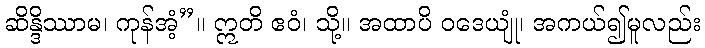
ဆိန္ဒိဿာမ၊ ကုန်အံ့”။ ဣတိ ဧဝံ၊ သို့။ အထာပိ ဝဒေယျုံ၊ အကယ်၍မူလည်း